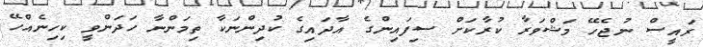
ރައީސް ނުޖެހޭ މަޝްވަރާ ކުރާކަށް ސިފައިންގެ އާދައިގެ ކުދިންނަކާ ތިމަންނާ ހަދަންވީ ކިހިނެއްހޭ